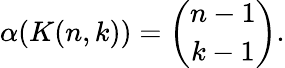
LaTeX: \alpha(K(n,k))={\binom{n-1}{k-1}}.